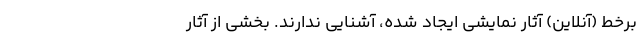
برخط (آنلاین) آثار نمایشی ایجاد شده، آشنایی ندارند. بخشی از آثار